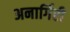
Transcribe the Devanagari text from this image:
अनार्गिरी